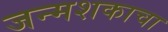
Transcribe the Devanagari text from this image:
जन्मशकाचा